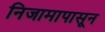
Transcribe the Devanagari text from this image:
निजामापासून